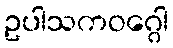
ဥပါသကဝဂ္ဂေါ